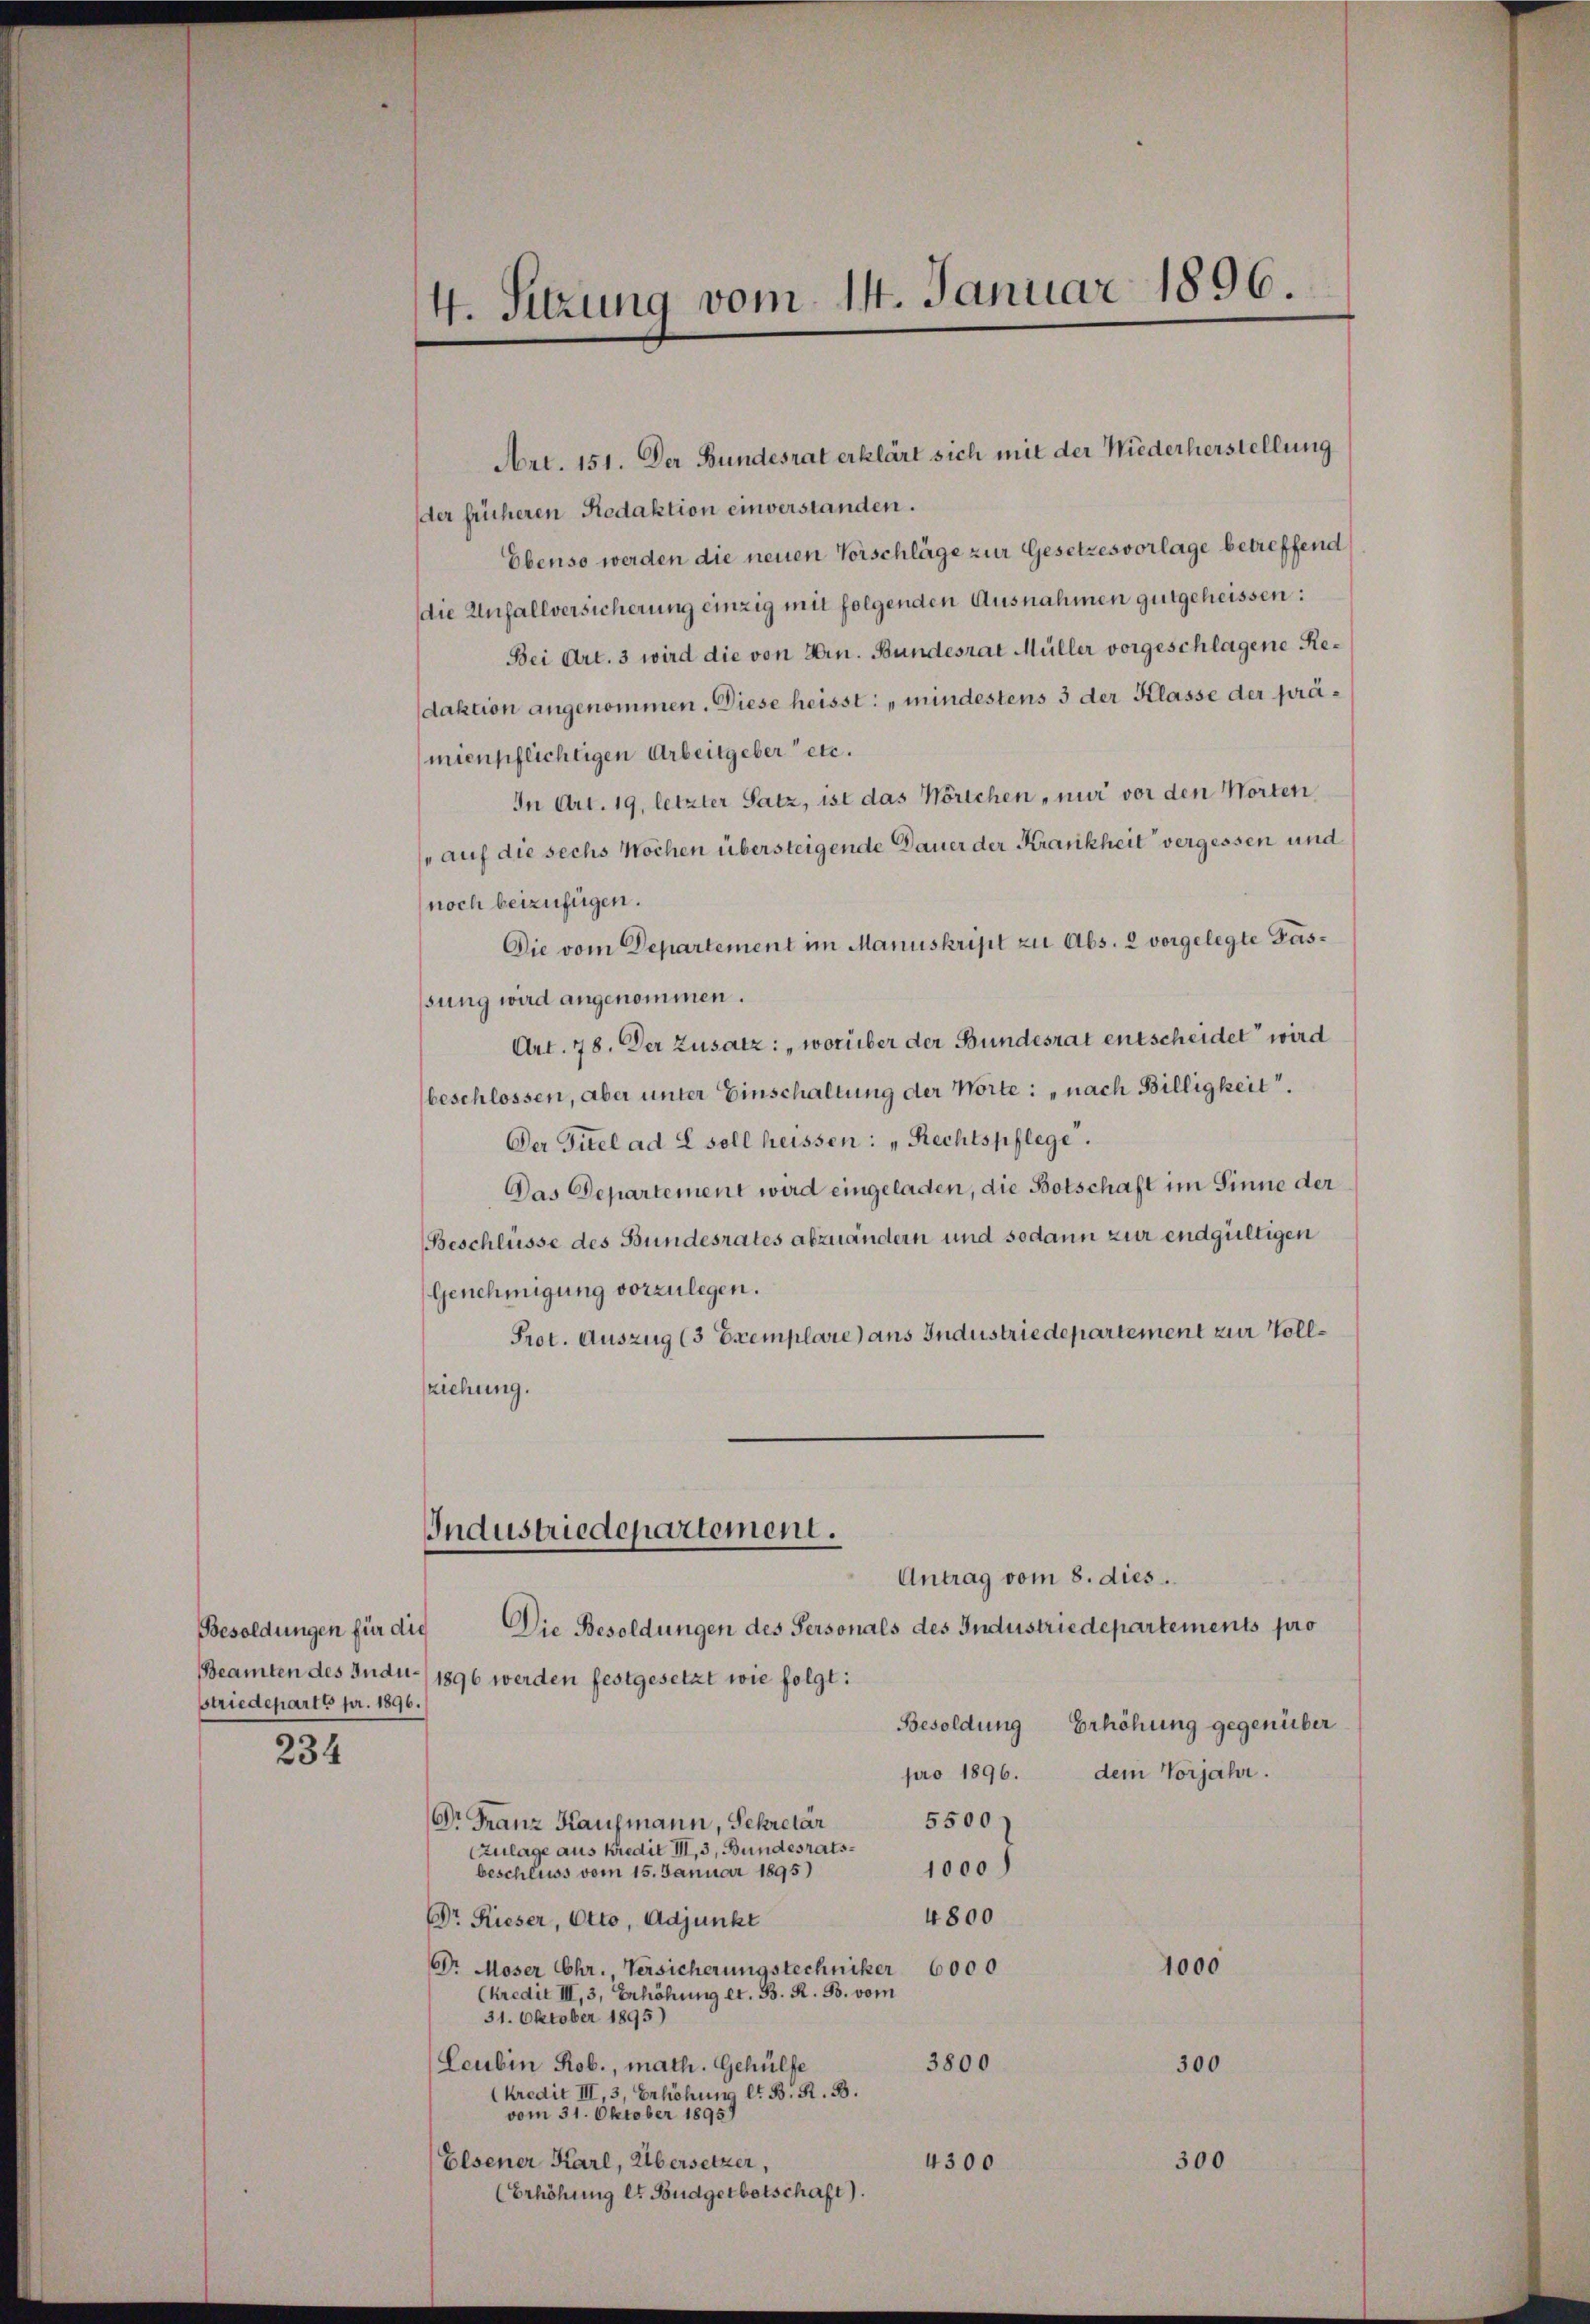
Besoldungen für die
striedepart 6 pr. 1896.

234

4. Sitzung vom 14. Januar 1896.

der früheren Redaktion einverstanden.
Ebenso werden die neuen Vorschläge zur Gesetzesvorlage betreffend
die Unfallversicherung einzig mit folgenden Ausnahmen gutgeheissen:
Bei Art. 3 wird die von Hrn. Bundesrat Müller vorgeschlagene Redaktion angenommen. Diese heisst: „mindestens 3 der Klasse der prämienpflichtigen Arbeitgeber etc.
In Art. 19, letzter Satz, ist das Wörtchen, nur vor den Worten,
(auf die sechs Wochen übersteigende Dauer der Krankheit vergessen und
noch beizufügen.
Die vom Departement im Manuskript zu Abs. 2 vorgelegte Passung wird angenommen.
Art. 78. Der Zusatz: „worüber der Bundesrat entscheidet wird
beschlossen, aber unter Einschaltung der Worte: „nach Billigkeit.
Der Titel ad 2 soll heissen: „Rechtspflege.
Das Departement wird eingeladen, die Botschaft im Sinne der
Beschlüsse des Bundesrates abzuändern und sodann zur endgültigen
Genehmigung vorzulegen.
Prot. Auszug (3 Exemplare) aus Industriedepartement zur Vollziehung.

Industriedepartement.

Art. 151. Der Bundesrat erklärt sich mit der Wiederherstellung

Antrag vom 8. dies
Die Besoldungen des Personals des Industriedepartements pro
Beamten des Indu-/ 1896 werden festgesetzt wie folgt:
Besoldung
Erhöhung gegenüber
pro 1896. dem Vorjahr.
5500
Dr. Franz Kaufmann, Sekretär
Zulage aus Kredit III, 3, Bundesrats¬
1000)
beschluss vom 15. Januar 1895)
4800
Dr. Rieser, Otto, Adjunkt
1000
Dr. Moser Chr. Versicherungstechniker 6000
(kredit III, 3, Erhöhung et. B. R. B. vom
31. Oktober 1895)
Leubin Rob., math. Gehülfe
3800
300
(kredit III, 3, Erhöhung lt. B. R. B.
vom 31. Oktober 18959
Elsener Karl, Übersetzer,
4300
300
(Erhöhung lt. Budgetbetschaft).